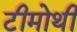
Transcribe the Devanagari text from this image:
टीमोथी